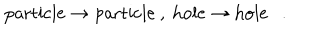
\mathrm { p a r t i c l e } \rightarrow \mathrm { p a r t i c l e } \ , \ \mathrm { h o l e } \rightarrow \mathrm { h o l e } \ \ \ . \nonumber